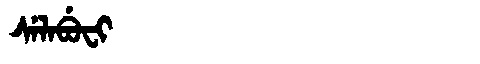
Manchu: ᠰᡝᠯᠠᠪᡠᠸᡳ
Romanization: SELABUFI